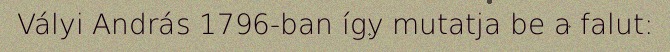
Vályi András 1796-ban így mutatja be a falut: